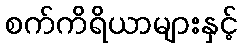
စက်ကိရိယာများနှင့်